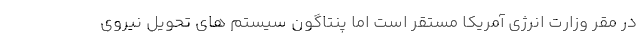
در مقر وزارت انرژی آمریکا مستقر است اما پنتاگون سیستم های تحویل نیروی